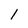
Character: 1